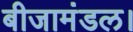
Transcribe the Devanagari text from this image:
बीजामंडल।